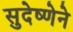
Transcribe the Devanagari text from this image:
सुदेष्णेने